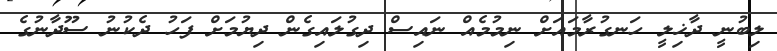
ލިބުނީ ދާޚިލީ ހަނގުރާމައަށް ނިމުމެއް ނައިސް ދިގުލައިގެން ދިޔުމަށް ފަހު ދެކުނު ސޫދާނުގެ